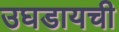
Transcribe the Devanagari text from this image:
उघडायची